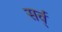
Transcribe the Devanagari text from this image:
सर्व्